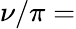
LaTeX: \nu/\pi=